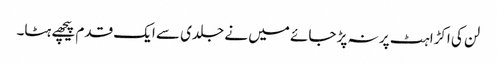
لن کی اکڑاہٹ پر نہ پڑ جائے میں نے جلدی سے ایک قدم پیچھے ہٹا۔